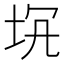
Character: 𡊬